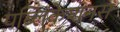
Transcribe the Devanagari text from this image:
पब्लिकेशनस